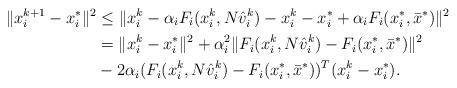
LaTeX: \begin{align*} \|x^{k+1}_i - x^*_i\|^2 & \leq \|x_i^k-\alpha_{i} F_i(x_i^k,N\hat v^k_i) - x^k_i - x^*_i + \alpha_{i} F_i(x^*_i,\bar x^*)\|^2 \cr & = \|x_i^k-x^*_i \|^2 + \alpha_{i}^2\| F_i(x_i^k,N\hat v^k_i) -F_i(x^*_i,\bar x^*) \|^2 \cr &- 2\alpha_{i} (F_i(x_i^k,N\hat v^k_i) -F_i(x^*_i,\bar x^*))^T(x^k_i-x^*_i).\end{align*}